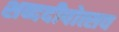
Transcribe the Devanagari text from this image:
शब्ददीपोत्सव